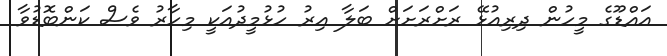
އައްޑޫގެ މީހުން ދިރިއުޅޭ ރަށްރަށަށް ބަލާ އިރު ހުޅުމީދުއަކީ މިހާރު ވެސް ކަންބޮޑުވާ